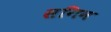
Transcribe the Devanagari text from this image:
सगिन